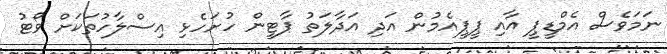
ނަމަވެސް އެމްޑީޕީ އާއި ޕީޕީއެމުން އަދި އަދާލަތު ޕާޓީން ހުށަހެޅި އިސްލާހުތަކަށް ވޯޓު